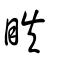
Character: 眣